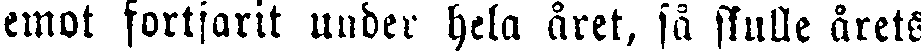
emot fortfarit under hela året, så skulle årets